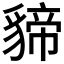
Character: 𮙫